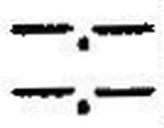
—.—